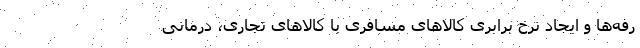
رفه‌ها و ایجاد نرخ برابری کالاهای مسافری با کالاهای تجاری، درمانی